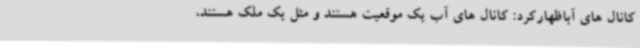
کانال های آباظهارکرد: کانال های آب یک موقعیت هستند و مثل یک ملک هستند،